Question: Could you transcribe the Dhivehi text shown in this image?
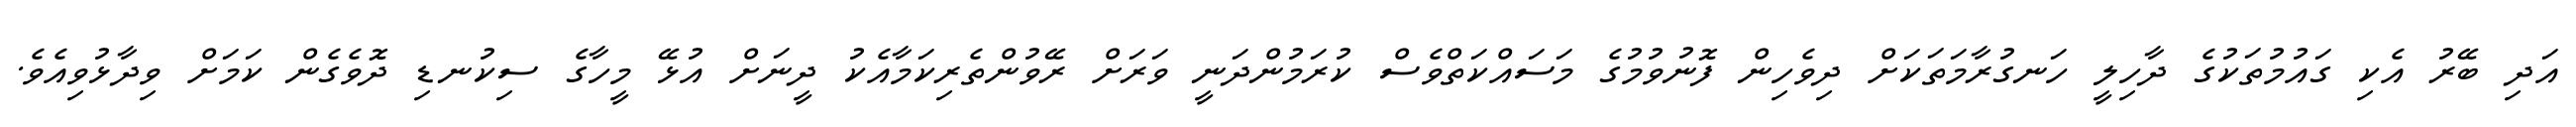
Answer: އަދި ބޭރު އެކި ގައުމުތަކުގެ ދާހިލީ ހަނގުރާމަތަކަށް ދިވެހިން ފޮނުވުމުގެ މަސައްކަތްވެސް ކުރަމުންދަނީ ވަރަށް ރޭވުންތެރިކަމާއެކު ދީނަށް އުޅޭ މީހާގެ ސިކުނޑި ދޮވެގެން ކަމަށް ވިދާޅުވިއެވެ.